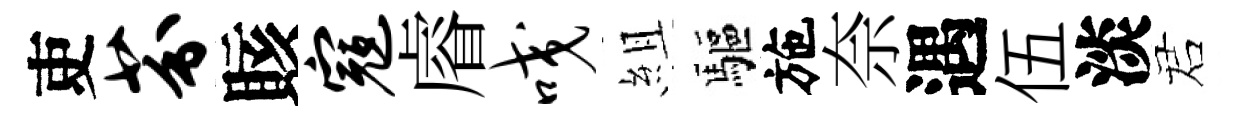
吏芬賅寇𥈠咬組驅施奈遇伍淡诺